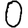
Digit: 0